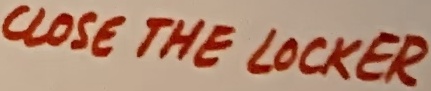
Text: CLOSE THE LOCKER